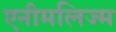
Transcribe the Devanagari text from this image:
एनीमलिज्म